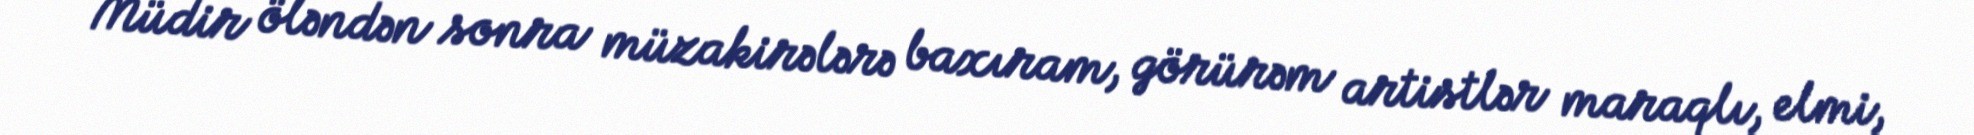
Müdir öləndən sonra müzakirələrə baxıram, görürəm artistlər maraqlı, elmi,